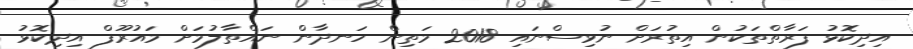
އިދިކޮޅު ފަރާތްތަކުން އިތުރަށް ނުވިސްނައި 2018 މަތިން ހަނދާން ނައްތާލުމަށް މައުރޫފް އިދިކޮޅު